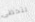
لتحظى